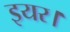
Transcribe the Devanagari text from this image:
इयर।